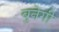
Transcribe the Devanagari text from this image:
बुनेगी